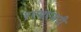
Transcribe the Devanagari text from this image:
एएमएसटी